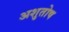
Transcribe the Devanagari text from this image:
अशुतोष